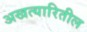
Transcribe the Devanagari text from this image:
अखत्यारितील